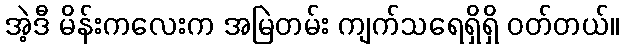
အဲ့ဒီ မိန်းကလေးက အမြဲတမ်း ကျက်သရေရှိရှိ ဝတ်တယ်။